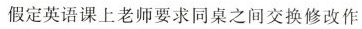
假定英语课上老师要求同桌之间交换修改作